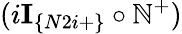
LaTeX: (i\textbf{I}_{\{ N2i+\} }\circ\mathbb{N}^{+})